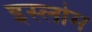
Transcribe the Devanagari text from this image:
इस्लोम